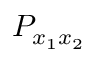
P _ { x _ { 1 } x _ { 2 } }